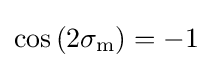
\cos \left(2\sigma _{\text{m}}\right)=-1